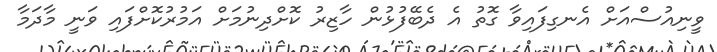
ވީނިއުސްއަށް އެނގިފައިވާ ގޮތު އެ ދެބޭފުޅުން ހާޒިރު ކޮށްދިނުމަށް އަމުރުކޮށްފައި ވަނީ މާދަމާ